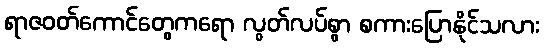
ရာဇဝတ်ကောင်တွေကရော လွတ်လပ်စွာ စကားပြောနိုင်သလား